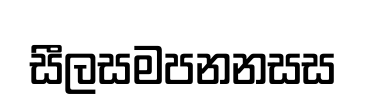
සීලසමපනනසස